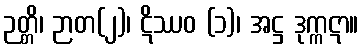
ဉတ္တိ၊ ဉာတ(၂)၊ ဋိဿဝ (၁)၊ အဋ္ဌ ဒုက္ကဋာ။